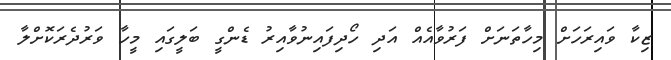
ޒިކާ ވައިރަހަށް މިހާތަނަށް ފަރުވާއެއް އަދި ހޯދިފައިނުވާއިރު ޑެންގީ ބަލީގައި މީހާ ވަރުދެރަކޮށްލާ